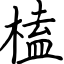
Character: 榼